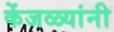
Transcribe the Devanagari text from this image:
केंजळ्यांनी